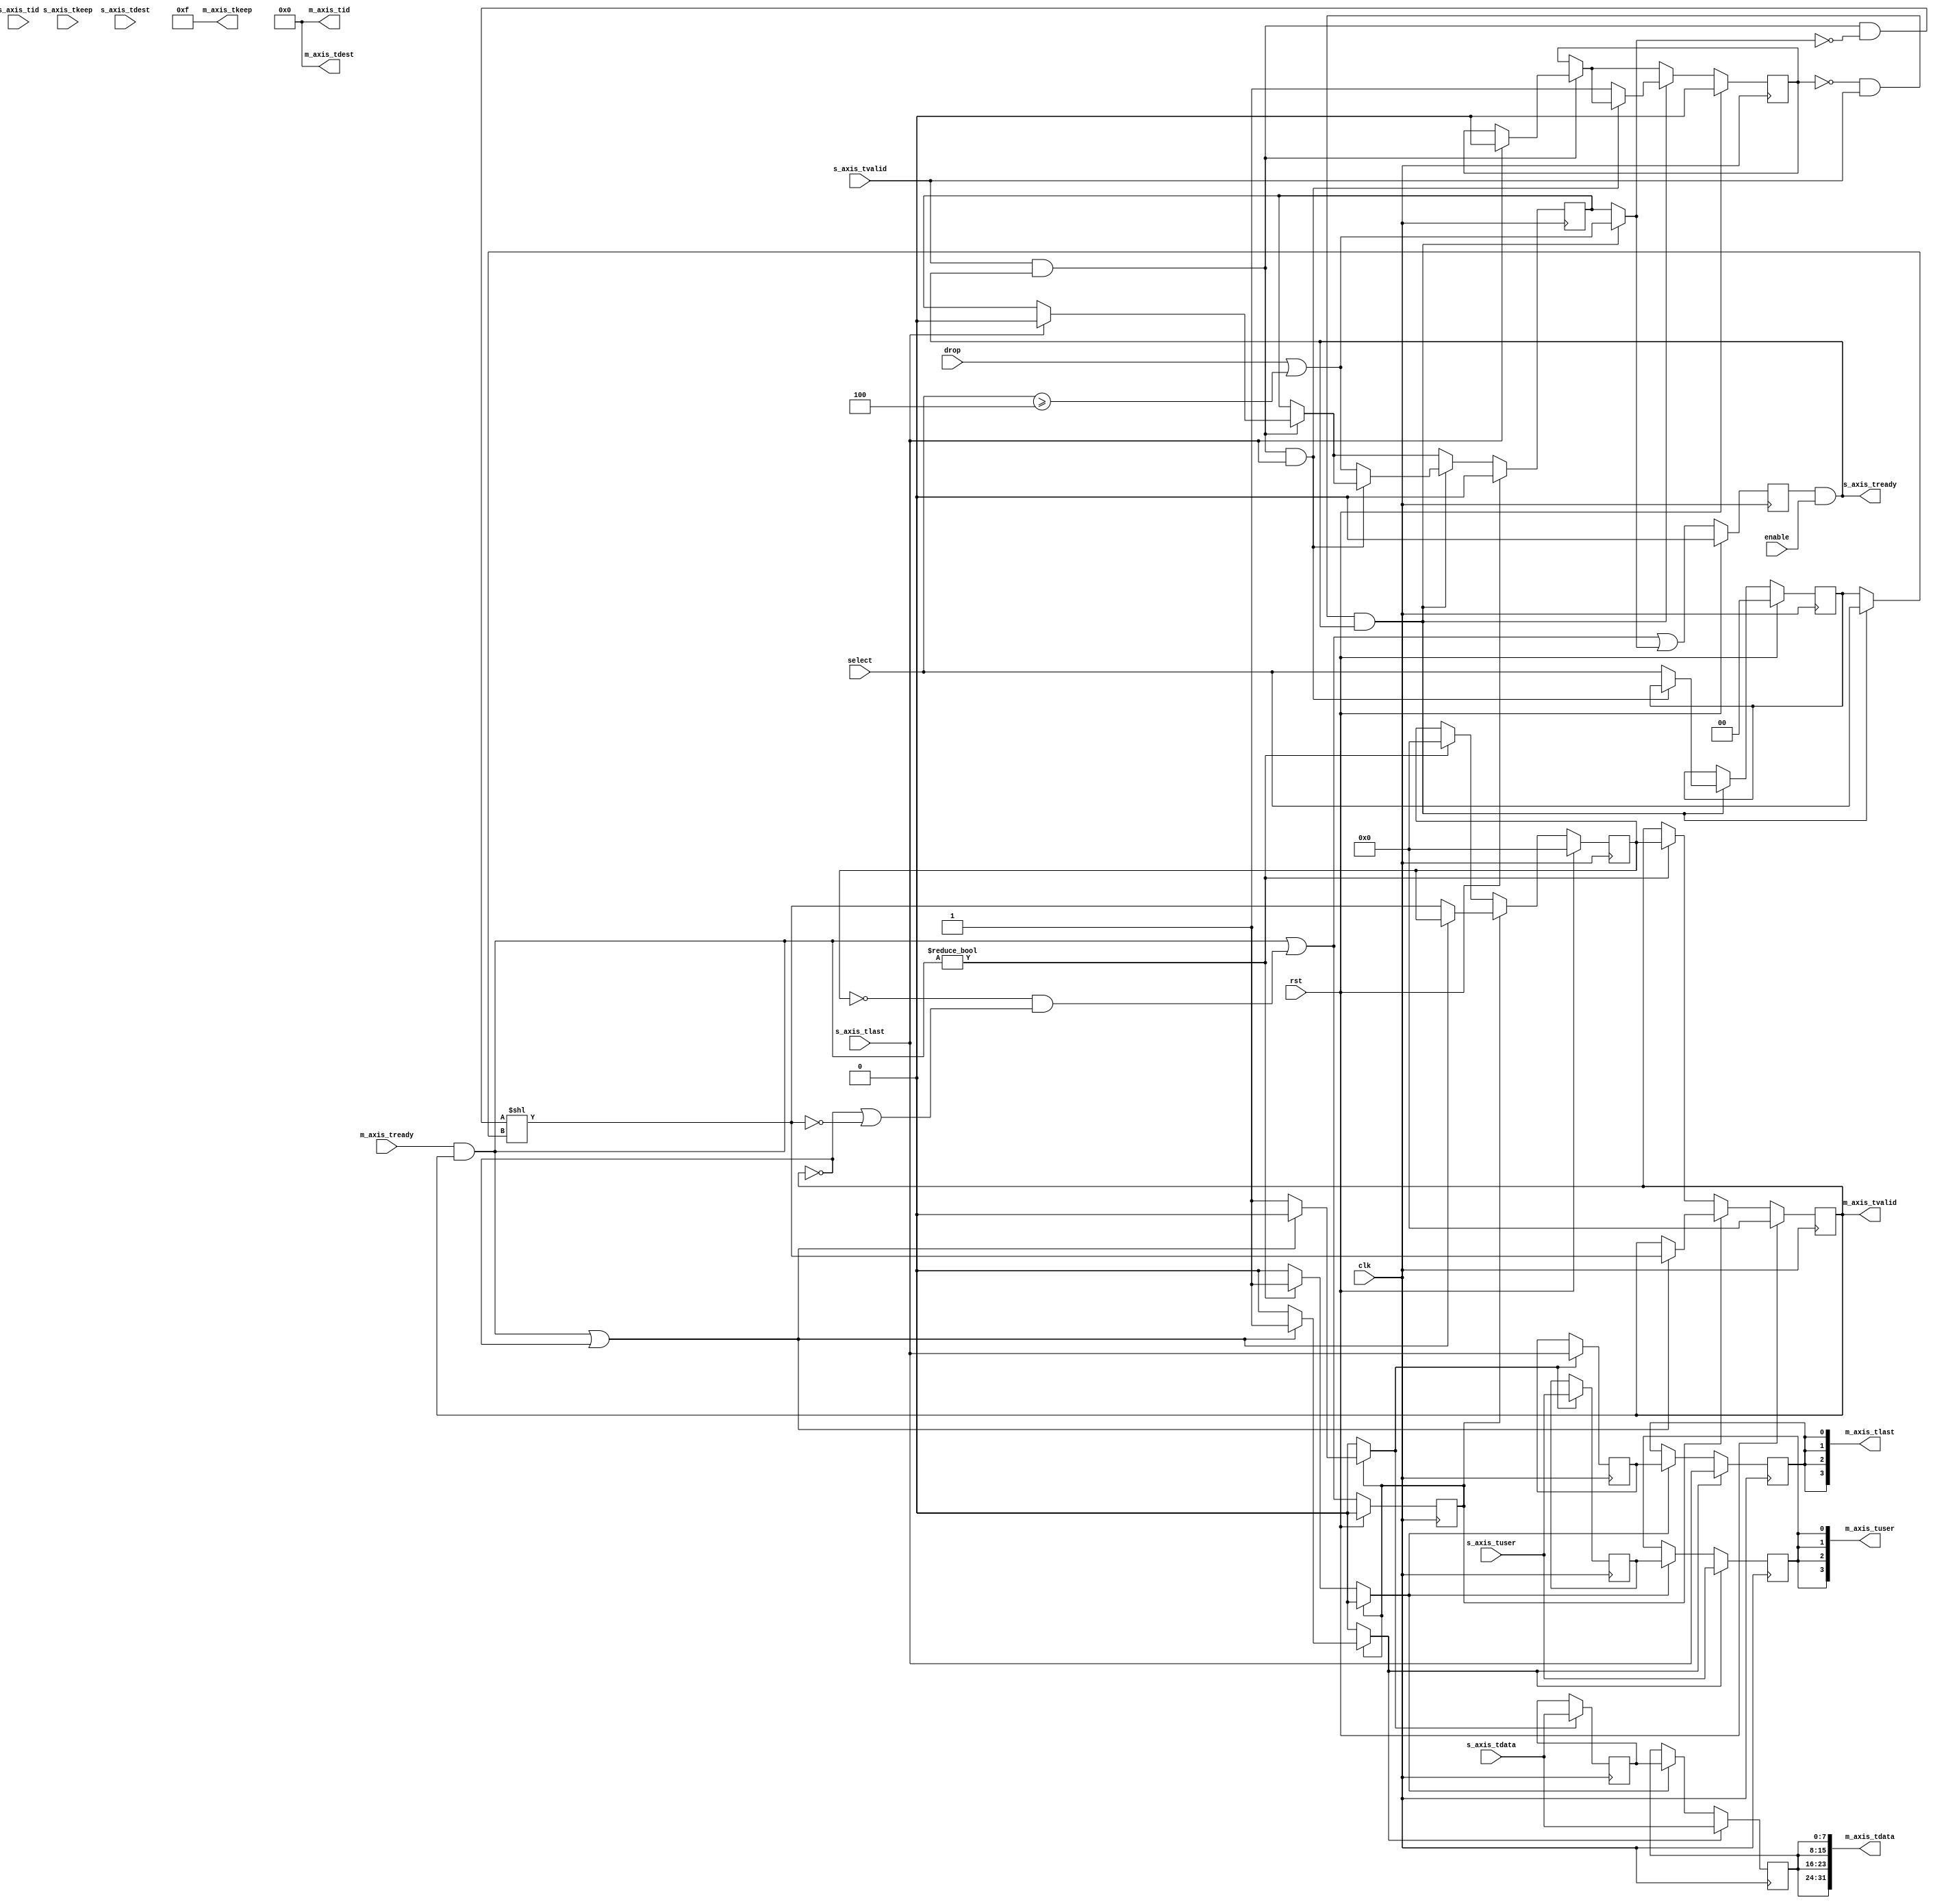
/*

Copyright (c) 2018 Alex Forencich

Permission is hereby granted, free of charge, to any person obtaining a copy
of this software and associated documentation files (the "Software"), to deal
in the Software without restriction, including without limitation the rights
to use, copy, modify, merge, publish, distribute, sublicense, and/or sell
copies of the Software, and to permit persons to whom the Software is
furnished to do so, subject to the following conditions:

The above copyright notice and this permission notice shall be included in
all copies or substantial portions of the Software.

THE SOFTWARE IS PROVIDED "AS IS", WITHOUT WARRANTY OF ANY KIND, EXPRESS OR
IMPLIED, INCLUDING BUT NOT LIMITED TO THE WARRANTIES OF MERCHANTABILITY
FITNESS FOR A PARTICULAR PURPOSE AND NONINFRINGEMENT. IN NO EVENT SHALL THE
AUTHORS OR COPYRIGHT HOLDERS BE LIABLE FOR ANY CLAIM, DAMAGES OR OTHER
LIABILITY, WHETHER IN AN ACTION OF CONTRACT, TORT OR OTHERWISE, ARISING FROM,
OUT OF OR IN CONNECTION WITH THE SOFTWARE OR THE USE OR OTHER DEALINGS IN
THE SOFTWARE.

*/

// Language: Verilog 2001

`resetall
`timescale 1ns / 1ps
`default_nettype none

/*
 * AXI4-Stream demultiplexer
 */
module axis_demux #
(
    // Number of AXI stream outputs
    parameter M_COUNT = 4,
    // Width of AXI stream interfaces in bits
    parameter DATA_WIDTH = 8,
    // Propagate tkeep signal
    parameter KEEP_ENABLE = (DATA_WIDTH>8),
    // tkeep signal width (words per cycle)
    parameter KEEP_WIDTH = ((DATA_WIDTH+7)/8),
    // Propagate tid signal
    parameter ID_ENABLE = 0,
    // tid signal width
    parameter ID_WIDTH = 8,
    // Propagate tdest signal
    parameter DEST_ENABLE = 0,
    // output tdest signal width
    parameter M_DEST_WIDTH = 8,
    // input tdest signal width
    parameter S_DEST_WIDTH = M_DEST_WIDTH+$clog2(M_COUNT),
    // Propagate tuser signal
    parameter USER_ENABLE = 1,
    // tuser signal width
    parameter USER_WIDTH = 1,
    // route via tdest
    parameter TDEST_ROUTE = 0
)
(
    input  wire                             clk,
    input  wire                             rst,

    /*
     * AXI input
     */
    input  wire [DATA_WIDTH-1:0]            s_axis_tdata,
    input  wire [KEEP_WIDTH-1:0]            s_axis_tkeep,
    input  wire                             s_axis_tvalid,
    output wire                             s_axis_tready,
    input  wire                             s_axis_tlast,
    input  wire [ID_WIDTH-1:0]              s_axis_tid,
    input  wire [S_DEST_WIDTH-1:0]          s_axis_tdest,
    input  wire [USER_WIDTH-1:0]            s_axis_tuser,

    /*
     * AXI outputs
     */
    output wire [M_COUNT*DATA_WIDTH-1:0]    m_axis_tdata,
    output wire [M_COUNT*KEEP_WIDTH-1:0]    m_axis_tkeep,
    output wire [M_COUNT-1:0]               m_axis_tvalid,
    input  wire [M_COUNT-1:0]               m_axis_tready,
    output wire [M_COUNT-1:0]               m_axis_tlast,
    output wire [M_COUNT*ID_WIDTH-1:0]      m_axis_tid,
    output wire [M_COUNT*M_DEST_WIDTH-1:0]  m_axis_tdest,
    output wire [M_COUNT*USER_WIDTH-1:0]    m_axis_tuser,

    /*
     * Control
     */
    input  wire                             enable,
    input  wire                             drop,
    input  wire [$clog2(M_COUNT)-1:0]       select
);

parameter CL_M_COUNT = $clog2(M_COUNT);

parameter M_DEST_WIDTH_INT = M_DEST_WIDTH > 0 ? M_DEST_WIDTH : 1;

// check configuration
initial begin
    if (TDEST_ROUTE) begin
        if (!DEST_ENABLE) begin
            $error("Error: TDEST_ROUTE set requires DEST_ENABLE set (instance %m)");
            $finish;
        end

        if (S_DEST_WIDTH < CL_M_COUNT) begin
            $error("Error: S_DEST_WIDTH too small for port count (instance %m)");
            $finish;
        end
    end
end

reg [CL_M_COUNT-1:0] select_reg = {CL_M_COUNT{1'b0}}, select_ctl, select_next;
reg drop_reg = 1'b0, drop_ctl, drop_next;
reg frame_reg = 1'b0, frame_ctl, frame_next;

reg s_axis_tready_reg = 1'b0, s_axis_tready_next;

// internal datapath
reg  [DATA_WIDTH-1:0]    m_axis_tdata_int;
reg  [KEEP_WIDTH-1:0]    m_axis_tkeep_int;
reg  [M_COUNT-1:0]       m_axis_tvalid_int;
reg                      m_axis_tready_int_reg = 1'b0;
reg                      m_axis_tlast_int;
reg  [ID_WIDTH-1:0]      m_axis_tid_int;
reg  [M_DEST_WIDTH-1:0]  m_axis_tdest_int;
reg  [USER_WIDTH-1:0]    m_axis_tuser_int;
wire                     m_axis_tready_int_early;

assign s_axis_tready = s_axis_tready_reg && enable;

always @* begin
    select_next = select_reg;
    select_ctl = select_reg;
    drop_next = drop_reg;
    drop_ctl = drop_reg;
    frame_next = frame_reg;
    frame_ctl = frame_reg;

    s_axis_tready_next = 1'b0;

    if (s_axis_tvalid && s_axis_tready) begin
        // end of frame detection
        if (s_axis_tlast) begin
            frame_next = 1'b0;
            drop_next = 1'b0;
        end
    end

    if (!frame_reg && s_axis_tvalid && s_axis_tready) begin
        // start of frame, grab select value
        if (TDEST_ROUTE) begin
            if (M_COUNT > 1) begin
                select_ctl = s_axis_tdest[S_DEST_WIDTH-1:S_DEST_WIDTH-CL_M_COUNT];
                drop_ctl = s_axis_tdest[S_DEST_WIDTH-1:S_DEST_WIDTH-CL_M_COUNT] >= M_COUNT;
            end else begin
                select_ctl = 0;
                drop_ctl = 1'b0;
            end
        end else begin
            select_ctl = select;
            drop_ctl = drop || select >= M_COUNT;
        end
        frame_ctl = 1'b1;
        if (!(s_axis_tready && s_axis_tvalid && s_axis_tlast)) begin
            select_next = select_ctl;
            drop_next = drop_ctl;
            frame_next = 1'b1;
        end
    end

    s_axis_tready_next = (m_axis_tready_int_early || drop_ctl);

    m_axis_tdata_int  = s_axis_tdata;
    m_axis_tkeep_int  = s_axis_tkeep;
    m_axis_tvalid_int = (s_axis_tvalid && s_axis_tready && !drop_ctl) << select_ctl;
    m_axis_tlast_int  = s_axis_tlast;
    m_axis_tid_int    = s_axis_tid;
    m_axis_tdest_int  = s_axis_tdest;
    m_axis_tuser_int  = s_axis_tuser; 
end

always @(posedge clk) begin
    select_reg <= select_next;
    drop_reg <= drop_next;
    frame_reg <= frame_next;
    s_axis_tready_reg <= s_axis_tready_next;

    if (rst) begin
        select_reg <= 2'd0;
        drop_reg <= 1'b0;
        frame_reg <= 1'b0;
        s_axis_tready_reg <= 1'b0;
    end
end

// output datapath logic
reg [DATA_WIDTH-1:0]    m_axis_tdata_reg  = {DATA_WIDTH{1'b0}};
reg [KEEP_WIDTH-1:0]    m_axis_tkeep_reg  = {KEEP_WIDTH{1'b0}};
reg [M_COUNT-1:0]       m_axis_tvalid_reg = {M_COUNT{1'b0}}, m_axis_tvalid_next;
reg                     m_axis_tlast_reg  = 1'b0;
reg [ID_WIDTH-1:0]      m_axis_tid_reg    = {ID_WIDTH{1'b0}};
reg [M_DEST_WIDTH-1:0]  m_axis_tdest_reg  = {M_DEST_WIDTH_INT{1'b0}};
reg [USER_WIDTH-1:0]    m_axis_tuser_reg  = {USER_WIDTH{1'b0}};

reg [DATA_WIDTH-1:0]    temp_m_axis_tdata_reg  = {DATA_WIDTH{1'b0}};
reg [KEEP_WIDTH-1:0]    temp_m_axis_tkeep_reg  = {KEEP_WIDTH{1'b0}};
reg [M_COUNT-1:0]       temp_m_axis_tvalid_reg = {M_COUNT{1'b0}}, temp_m_axis_tvalid_next;
reg                     temp_m_axis_tlast_reg  = 1'b0;
reg [ID_WIDTH-1:0]      temp_m_axis_tid_reg    = {ID_WIDTH{1'b0}};
reg [M_DEST_WIDTH-1:0]  temp_m_axis_tdest_reg  = {M_DEST_WIDTH_INT{1'b0}};
reg [USER_WIDTH-1:0]    temp_m_axis_tuser_reg  = {USER_WIDTH{1'b0}};

// datapath control
reg store_axis_int_to_output;
reg store_axis_int_to_temp;
reg store_axis_temp_to_output;

assign m_axis_tdata  = {M_COUNT{m_axis_tdata_reg}};
assign m_axis_tkeep  = KEEP_ENABLE ? {M_COUNT{m_axis_tkeep_reg}} : {M_COUNT*KEEP_WIDTH{1'b1}};
assign m_axis_tvalid = m_axis_tvalid_reg;
assign m_axis_tlast  = {M_COUNT{m_axis_tlast_reg}};
assign m_axis_tid    = ID_ENABLE   ? {M_COUNT{m_axis_tid_reg}}   : {M_COUNT*ID_WIDTH{1'b0}};
assign m_axis_tdest  = DEST_ENABLE ? {M_COUNT{m_axis_tdest_reg}} : {M_COUNT*M_DEST_WIDTH_INT{1'b0}};
assign m_axis_tuser  = USER_ENABLE ? {M_COUNT{m_axis_tuser_reg}} : {M_COUNT*USER_WIDTH{1'b0}};

// enable ready input next cycle if output is ready or the temp reg will not be filled on the next cycle (output reg empty or no input)
assign m_axis_tready_int_early = (m_axis_tready & m_axis_tvalid) || (!temp_m_axis_tvalid_reg && (!m_axis_tvalid || !m_axis_tvalid_int));

always @* begin
    // transfer sink ready state to source
    m_axis_tvalid_next = m_axis_tvalid_reg;
    temp_m_axis_tvalid_next = temp_m_axis_tvalid_reg;

    store_axis_int_to_output = 1'b0;
    store_axis_int_to_temp = 1'b0;
    store_axis_temp_to_output = 1'b0;

    if (m_axis_tready_int_reg) begin
        // input is ready
        if ((m_axis_tready & m_axis_tvalid) || !m_axis_tvalid) begin
            // output is ready or currently not valid, transfer data to output
            m_axis_tvalid_next = m_axis_tvalid_int;
            store_axis_int_to_output = 1'b1;
        end else begin
            // output is not ready, store input in temp
            temp_m_axis_tvalid_next = m_axis_tvalid_int;
            store_axis_int_to_temp = 1'b1;
        end
    end else if (m_axis_tready & m_axis_tvalid) begin
        // input is not ready, but output is ready
        m_axis_tvalid_next = temp_m_axis_tvalid_reg;
        temp_m_axis_tvalid_next = {M_COUNT{1'b0}};
        store_axis_temp_to_output = 1'b1;
    end
end

always @(posedge clk) begin
    m_axis_tvalid_reg <= m_axis_tvalid_next;
    m_axis_tready_int_reg <= m_axis_tready_int_early;
    temp_m_axis_tvalid_reg <= temp_m_axis_tvalid_next;

    // datapath
    if (store_axis_int_to_output) begin
        m_axis_tdata_reg <= m_axis_tdata_int;
        m_axis_tkeep_reg <= m_axis_tkeep_int;
        m_axis_tlast_reg <= m_axis_tlast_int;
        m_axis_tid_reg   <= m_axis_tid_int;
        m_axis_tdest_reg <= m_axis_tdest_int;
        m_axis_tuser_reg <= m_axis_tuser_int;
    end else if (store_axis_temp_to_output) begin
        m_axis_tdata_reg <= temp_m_axis_tdata_reg;
        m_axis_tkeep_reg <= temp_m_axis_tkeep_reg;
        m_axis_tlast_reg <= temp_m_axis_tlast_reg;
        m_axis_tid_reg   <= temp_m_axis_tid_reg;
        m_axis_tdest_reg <= temp_m_axis_tdest_reg;
        m_axis_tuser_reg <= temp_m_axis_tuser_reg;
    end

    if (store_axis_int_to_temp) begin
        temp_m_axis_tdata_reg <= m_axis_tdata_int;
        temp_m_axis_tkeep_reg <= m_axis_tkeep_int;
        temp_m_axis_tlast_reg <= m_axis_tlast_int;
        temp_m_axis_tid_reg   <= m_axis_tid_int;
        temp_m_axis_tdest_reg <= m_axis_tdest_int;
        temp_m_axis_tuser_reg <= m_axis_tuser_int;
    end

    if (rst) begin
        m_axis_tvalid_reg <= {M_COUNT{1'b0}};
        m_axis_tready_int_reg <= 1'b0;
        temp_m_axis_tvalid_reg <= {M_COUNT{1'b0}};
    end
end

endmodule

`resetall